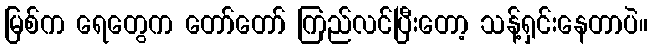
မြစ်က ရေတွေက တော်တော် ကြည်လင်ပြီးတော့ သန့်ရှင်းနေတာပဲ။